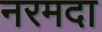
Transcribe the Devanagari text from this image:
नरमदा